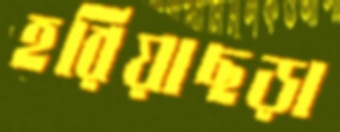
হরিয়াছড়া